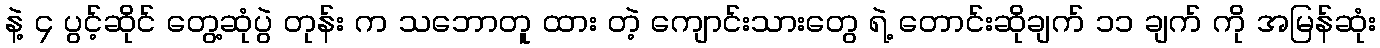
နဲ့ ၄ ပွင့်ဆိုင် တွေ့ဆုံပွဲ တုန်း က သဘောတူ ထား တဲ့ ကျောင်းသားတွေ ရဲ့ တောင်းဆိုချက် ၁၁ ချက် ကို အမြန်ဆုံး